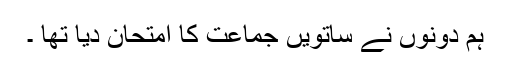
ہم دونوں نے ساتویں جماعت کا امتحان دیا تھا ۔